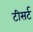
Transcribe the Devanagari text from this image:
टीसर्ट